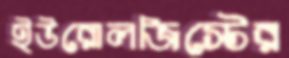
ইউরোলজিস্টের